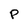
Character: P